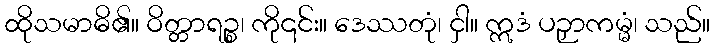
ထိုသမာဓိ၏။ ဝိတ္တာရဉ္စ၊ ကို၎င်း။ ဒေဿတုံ၊ ငှါ။ ဣဒံ ပဉှာကမ္မံ၊ သည်။